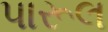
પારૂલ